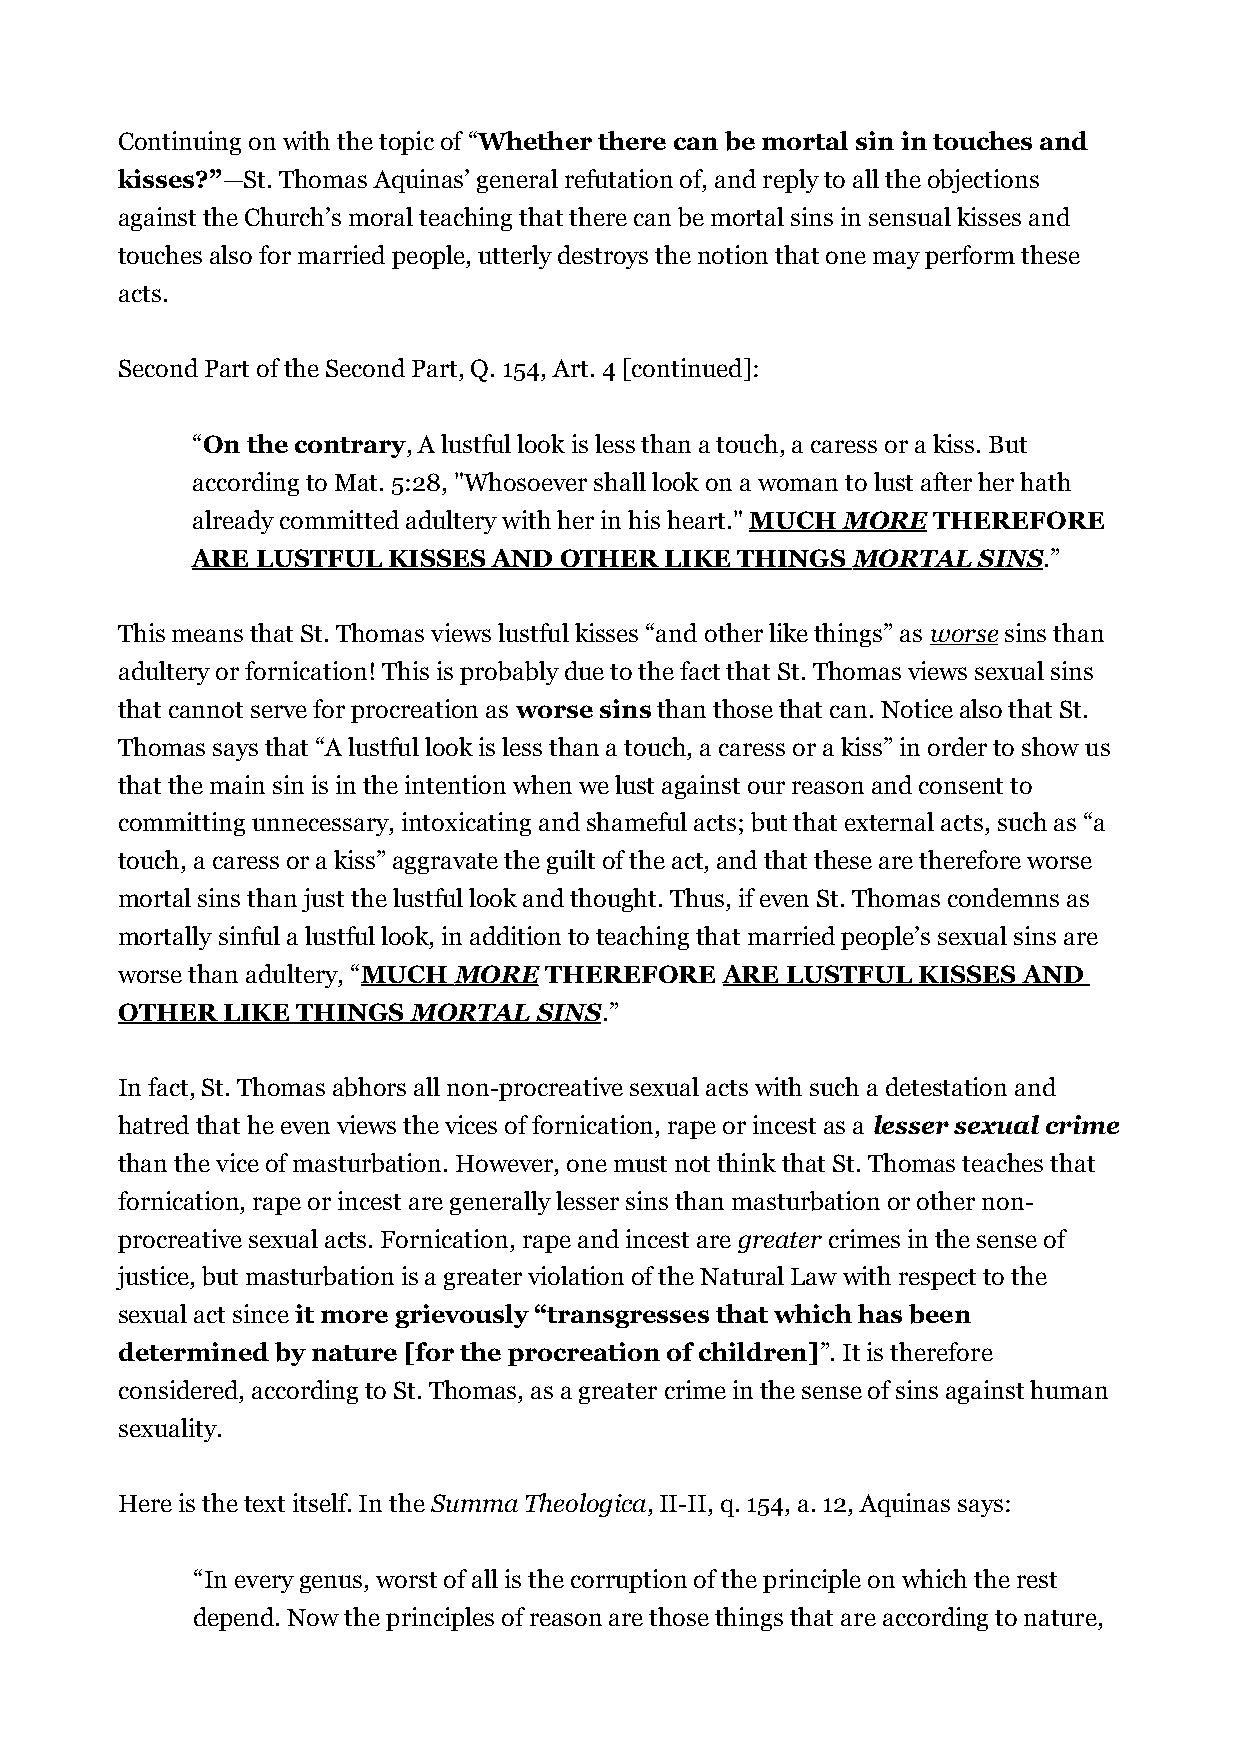
Continuing on with the topic of “Whether there can be mortal sin in touches and
 kisses?”—St. Thomas Aquinas’ general refutation of, and reply to all the objections
 against the Church’s moral teaching that there can be mortal sins in sensual kisses and
 touches also for married people, utterly destroys the notion that one may perform these
 acts.
 Second Part of the Second Part, Q. 154, Art. 4 [continued]:
 “On the contrary, A lustful look is less than a touch, a caress or a kiss. But
 according to Mat. 5:28, "Whosoever shall look on a woman to lust after her hath
 already committed adultery with her in his heart." MUCH MORE THEREFORE
 ARE LUSTFUL  KISSES AND OTHER  LIKE THINGS MORTAL   SINS .”
 This means that St. Thomas views lustful kisses “and other like things” as worse sins than
 adultery or fornication! This is probably due to the fact that St. Thomas views sexual sins
 that cannot serve for procreation as worse sins than those that can. Notice also that St.
 Thomas says that “A lustful look is less than a touch, a caress or a kiss” in order to show us
 that the main sin is in the intention when we lust against our reason and consent to
 committing unnecessary, intoxicating and shameful acts; but that external acts, such as “a
 touch, a caress or a kiss” aggravate the guilt of the act, and that these are therefore worse
 mortal sins than just the lustful look and thought. Thus, if even St. Thomas condemns as
 mortally sinful a lustful look, in addition to teaching that married people’s sexual sins are
 worse than adultery, “ MUCH MORE THEREFORE ARE LUSTFUL KISSES AND
 OTHER  LIKE THINGS MORTAL   SINS .”
 In fact, St. Thomas abhors all non-procreative sexual acts with such a detestation and
 hatred that he even views the vices of fornication, rape or incest as a lesser sexual crime
 than the vice of masturbation. However, one must not think that St. Thomas teaches that
 fornication, rape or incest are generally lesser sins than masturbation or other non-
 procreative sexual acts. Fornication, rape and incest are greater crimes in the sense of
 justice, but masturbation is a greater violation of the Natural Law with respect to the
 sexual act since it more grievously “transgresses that which has been
 determined by nature [for the procreation of children]”. It is therefore
 considered, according to St. Thomas, as a greater crime in the sense of sins against human
 sexuality.
 Here is the text itself. In the Summa Theologica, II-II, q. 154, a. 12, Aquinas says:
 “In every genus, worst of all is the corruption of the principle on which the rest
 depend. Now the principles of reason are those things that are according to nature,